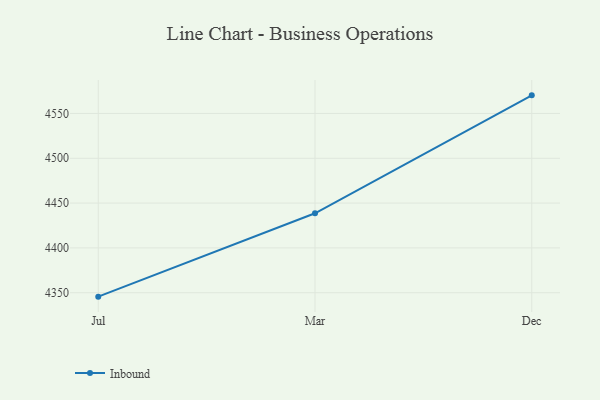
{"axis": {"x": "Month", "y": "Inventory Turnover"}, "legend": ["Inbound"], "data": [{"x": "Jul", "y": 4345.6, "type": "Inbound"}, {"x": "Mar", "y": 4438.6, "type": "Inbound"}, {"x": "Dec", "y": 4570.2, "type": "Inbound"}]}